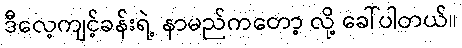
ဒီလေ့ကျင့်ခန်းရဲ့ နာမည်ကတော့ လို့ ခေါ်ပါတယ်။